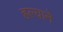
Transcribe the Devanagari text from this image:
हल्याने